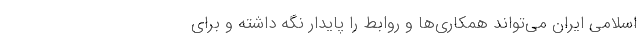
اسلامی ایران می‌تواند همکاری‌ها و روابط را پایدار نگه داشته و برای